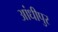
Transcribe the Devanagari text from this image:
आंधीपुर